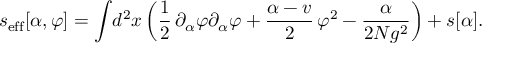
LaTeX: s _ { \mathrm { e f f } } [ \alpha , \varphi ] = \int \! d ^ { 2 } x \left( { \frac { 1 } { 2 } } \, \partial _ { \alpha } \varphi \partial _ { \alpha } \varphi + { \frac { \alpha - v } { 2 } } \, \varphi ^ { 2 } - { \frac { \alpha } { 2 N g ^ { 2 } } } \right) + s [ \alpha ] .